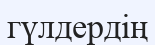
гүлдердің